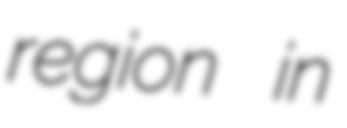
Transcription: region in